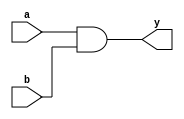
module simple_continuous_assignment (
    input wire a,        // First input signal
    input wire b,        // Second input signal
    output wire y        // Output signal
);

// Continuous assignment using the assign statement
assign y = a & b;       // y is the logical AND of a and b

endmodule